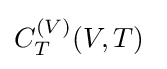
C_{T}^{(V)}(V,T)\